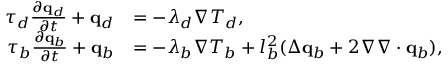
\begin{array} { r l } { \tau _ { d } \frac { \partial \mathbf q _ { d } } { \partial t } + \mathbf q _ { d } } & { = - \lambda _ { d } \nabla T _ { d } , } \\ { \tau _ { b } \frac { \partial \mathbf q _ { b } } { \partial t } + \mathbf q _ { b } } & { = - \lambda _ { b } \nabla T _ { b } + l _ { b } ^ { 2 } ( \Delta \mathbf q _ { b } + 2 \nabla \nabla \cdot \mathbf q _ { b } ) , } \end{array}